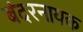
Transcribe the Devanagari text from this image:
बंदरनायक